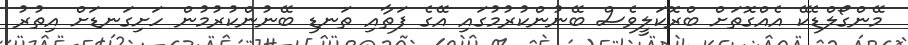
މޭންގޯލްޑެކޭ އެއްގޮތަށް ބްރޮކަލީވެސް ބޭނުންކުރުމުގައި އޭގެ ފަތާއި ތަނޑި ބޭނުންކުރުމުން ހަށިގަނޑަށް އިތުރު